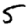
Digit: 5